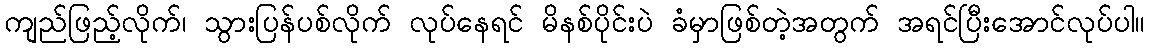
ကျည်ဖြည့်လိုက်၊ သွားပြန်ပစ်လိုက် လုပ်နေရင် မိနစ်ပိုင်းပဲ ခံမှာဖြစ်တဲ့အတွက် အရင်ပြီးအောင်လုပ်ပါ။